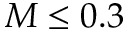
M \leq 0 . 3